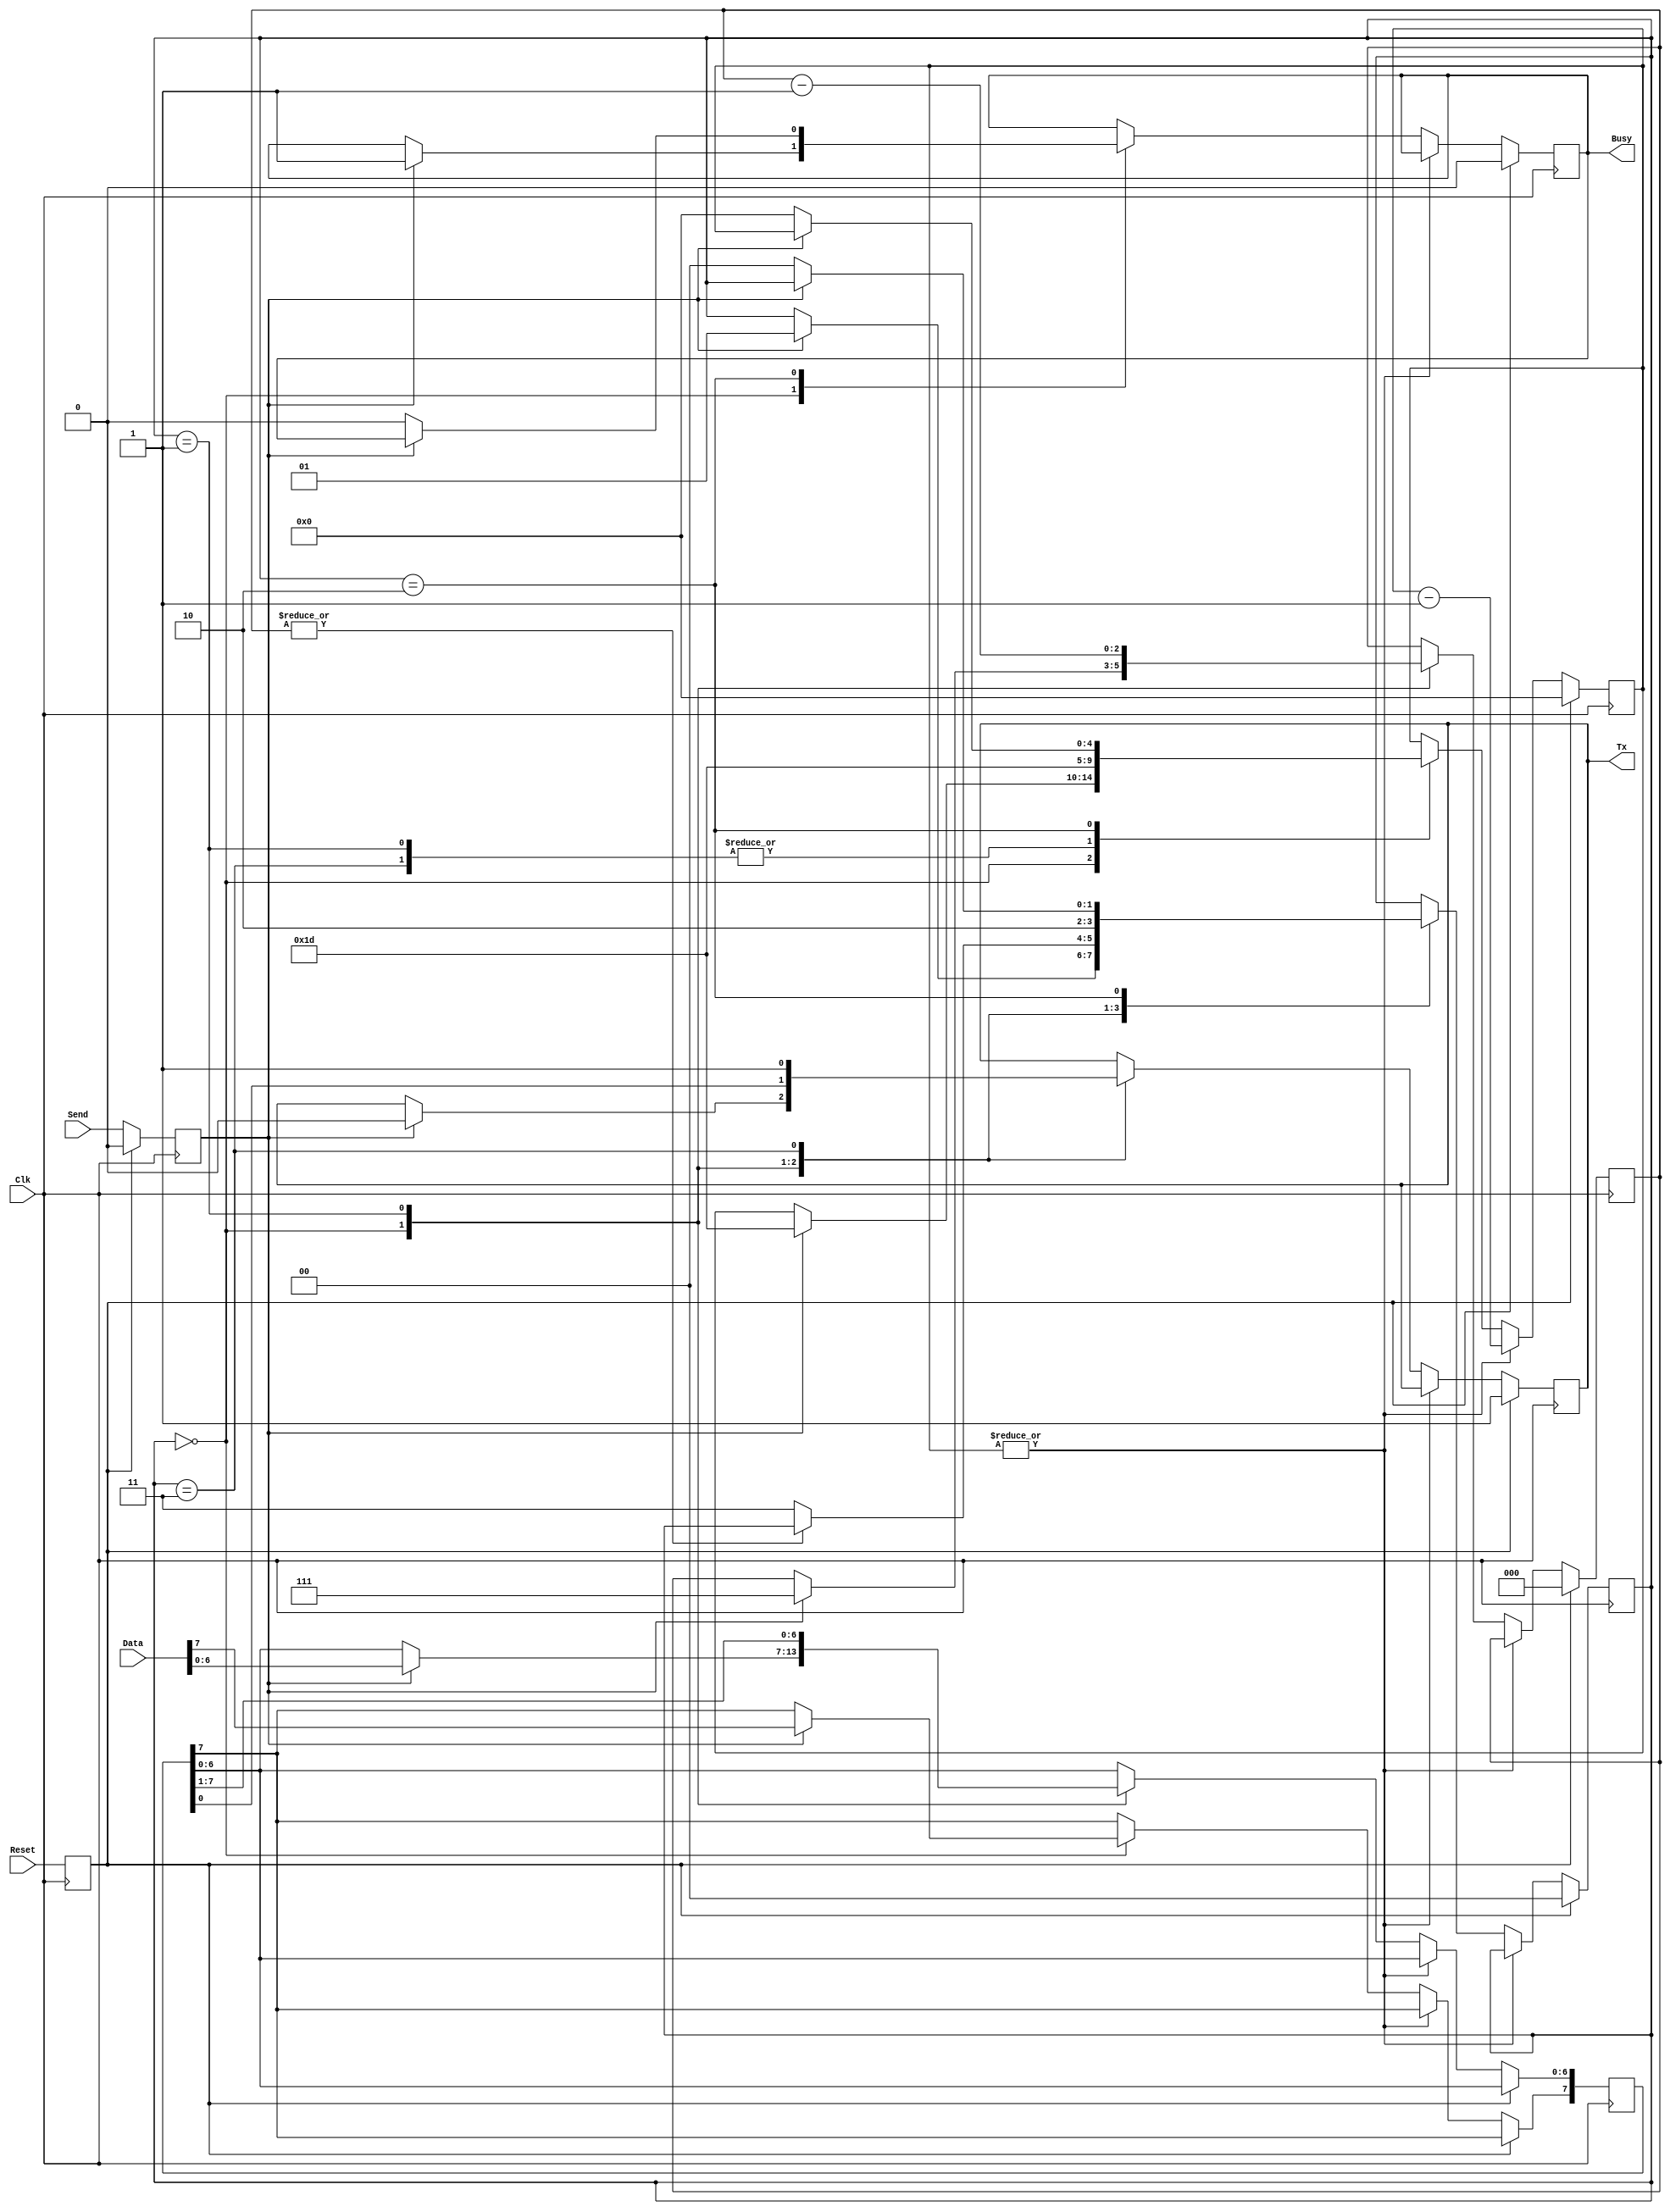
module UART_Sender #(
	parameter N    = 5,
	parameter Full = 5'd29 // Clk / BAUD - 1
)(
	input Clk,
	input Reset,
	
	input [7:0]Data,
	input      Send,
	output reg Busy,

	output reg Tx	// Tx line on the board.
);
//------------------------------------------------------------------------------

reg        tSend;
reg [  7:0]Temp;
reg [N-1:0]Count;
reg [  2:0]BitCount;
//------------------------------------------------------------------------------

reg   [1:0]State;
localparam Idle    = 2'b00;
localparam Sending = 2'b01;
localparam StopBit = 2'b11;
localparam Done    = 2'b10;
//------------------------------------------------------------------------------

reg tReset;

always @(posedge Clk) begin
	tReset <= Reset;

	if(tReset) begin
		Busy <= 1'b0;
		Tx   <= 1'b1;

		tSend    <= 0;
		Count    <= 0;
		BitCount <= 0;
		State    <= Idle;
//------------------------------------------------------------------------------

	end else begin
		tSend <= Send;

		if(~|Count) begin
			case(State)
				Idle: begin
					if(tSend) begin
						Count      <= Full;
						BitCount   <= 3'd7;
						{Temp, Tx} <= {Data, 1'b0};
						Busy       <= 1'b1;
						State      <= Sending;
					end
				end
//------------------------------------------------------------------------------

				Sending: begin
					Count           <= Full;
					{Temp[6:0], Tx} <= Temp;

					if(~|BitCount) State <= StopBit;
					BitCount <= BitCount - 1'b1;
				end
//------------------------------------------------------------------------------ 

				StopBit: begin
					Tx    <= 1'b1;
					Count <= Full;
					State <= Done;
				end
//------------------------------------------------------------------------------

				Done: begin
					if(~tSend) begin
						Busy  <= 1'b0;
						Count <= 0;
						State <= Idle;
					end
				end
//------------------------------------------------------------------------------

				default:;
			endcase
		end else begin
			Count <= Count - 1'b1;
		end
	end
end
//------------------------------------------------------------------------------

endmodule